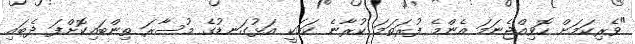
"ވެރިކަމަށް ހޮވިއްޖެނަމަ އެންމެ ފުރަތަމަ ކުރާނެ ކަމަކީ އަޅުގަނޑުގެ މުސާރަ ތިންބައިކޮށްފަ ދެބައި